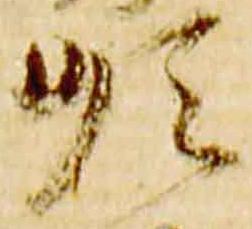
順